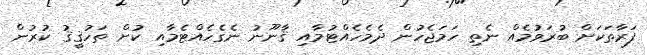
ފަރާތަކަށް ބުރަވުމެއް ނެތި ހަމަޖެހުން ދެމެހެއްޓުމާއި ޤާނޫނު ނެގެހެއްޓެމާއި ކުށް ތަހުޤީޤު ކުރުން